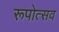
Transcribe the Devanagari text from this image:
रूपोत्सव